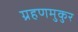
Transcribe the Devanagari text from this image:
ग्रहणमुकुर